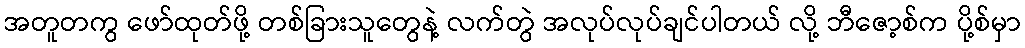
အတူတကွ ဖော်ထုတ်ဖို့ တစ်ခြားသူတွေနဲ့ လက်တွဲ အလုပ်လုပ်ချင်ပါတယ် လို့ ဘီဇော့စ်က ပို့စ်မှာ